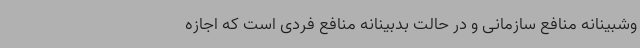
وشبینانه منافع سازمانی و در حالت بدبینانه منافع فردی است که اجازه